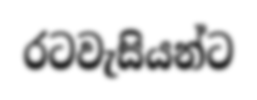
රටවැසියන්ට